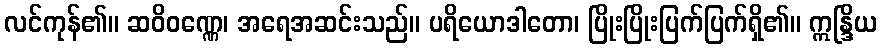
လင်ကုန်၏။ ဆဝိဝဏ္ဏေ၊ အရေအဆင်းသည်။ ပရိယောဒါတော၊ ပြိုးပြိုးပြက်ပြက်ရှိ၏။ ဣန္ဒြိယ